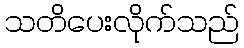
သတိပေးလိုက်သည်